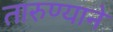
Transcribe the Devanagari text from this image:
तारुण्याने